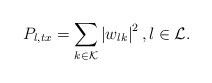
LaTeX: \begin{align*}P_{l, tx} = \sum_{k \in \mathcal{K}} \left\vert w_{lk} \right\vert^{2}, l \in \mathcal{L}. \end{align*}